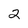
Character: 2